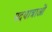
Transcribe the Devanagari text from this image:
पदयात्राओं